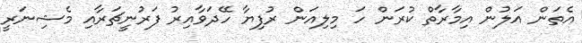
އެތަން އަލުން އިމާރާތް ކުރަން ހަ މިލިއަން ރުފިޔާ ހޭދަވާއިރު ފަރުނީޗަރާއި މެޝިނަރީ